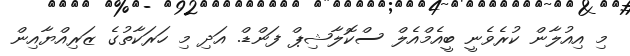
މި އިއުލާން ކުރެވެނީ ބީއެމްއެލް ސްކޮލާޝިޕް ފަންޑް. އަދި މި ހަރަކާތުގެ ޒަރިއްޔާއިން